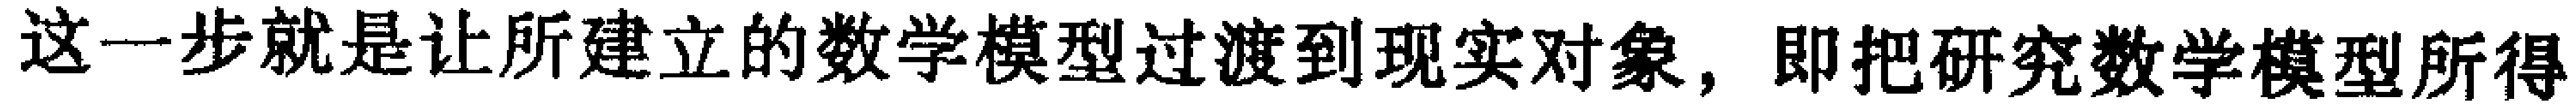
这一步就是让所建立的数学模型过渡到现实对象，即把研究数学模型所得